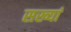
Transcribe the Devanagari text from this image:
सख्यां